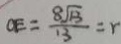
O E = \frac { 8 \sqrt { 1 3 } } { 1 3 } = r